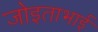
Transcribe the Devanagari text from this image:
जोइताभाई